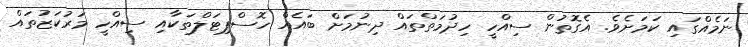
ނަމެއްގައި ކަމަށެވެ. އެގޮތުން ސިއްހީ ހިދުމަތްތައް ދިނުމަށް ބައެއް ހޮސްޕިޓަލްތަކާއި ސިއްހީ މަރުކަޒުތައް